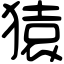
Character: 猿